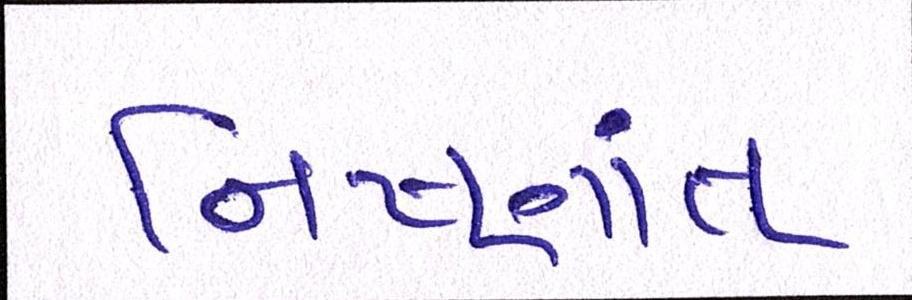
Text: નિષ્ણાંત